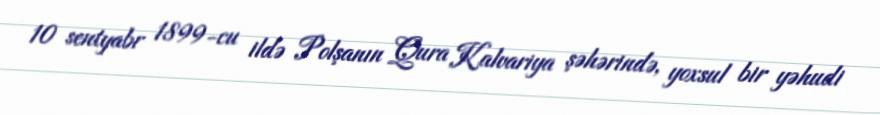
10 sentyabr 1899-cu ildə Polşanın Qura Kalvariya şəhərində, yoxsul bir yəhudi